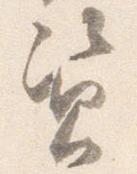
資